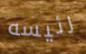
رئيسه